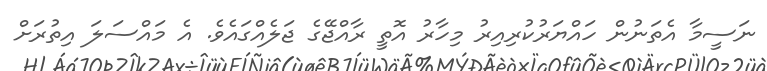
ނަސީމާ އެތަނުން ހައްޔަރުކުރިއިރު މިހާރު އޮތީ ރާއްޖޭގެ ޖަލެއްގައެވެ. އެ މައްސަލަ އިތުރަށް